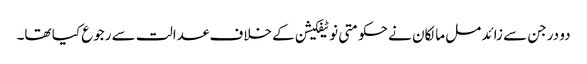
دو درجن سے زائد مل مالکان نے حکومتی نوٹیفکیشن کے خلاف عدالت سے رجوع کیا تھا۔